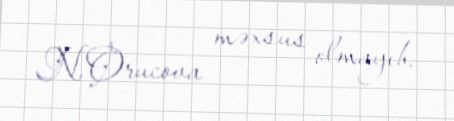
N.Orucova məxsus olmayıb.